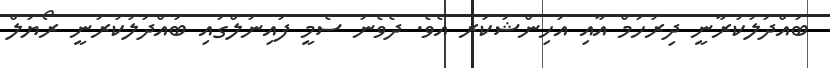
ބައްދަލުކުރާނީ ދިރުހަމް އާއި އަހިންޝަކަރ އެވެ. ދެވެނަ ސެމީ ފައިނަލްގައި ބައްދަލުކުރަނީ ރޯޔަލް